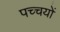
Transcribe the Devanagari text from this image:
पच्चयों